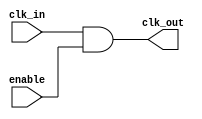
module clock_gating_cell (
    input wire clk_in,
    input wire enable,
    output wire clk_out
);
    assign clk_out = clk_in & enable; // AND gate for clock gating
endmodule